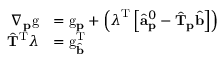
\begin{array} { r l } { \nabla _ { \mathbf { p } } \mathrm { g } } & { = \mathrm { g } _ { \mathbf { p } } + \left( \boldsymbol { \lambda } ^ { \mathrm { T } } \left[ \hat { \mathbf { a } } _ { \mathbf { p } } ^ { 0 } - \hat { \mathbf { T } } _ { \mathbf { p } } \hat { \mathbf { b } } \right] \right) } \\ { \hat { \mathbf { T } } ^ { \mathrm { T } } \boldsymbol { \lambda } } & { = \mathrm { g } _ { \hat { \mathbf { b } } } ^ { \mathrm { T } } } \end{array}